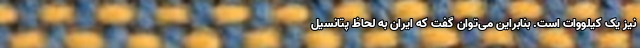
نیز یک کیلووات است. بنابراین می‌توان گفت که ایران به لحاظ پتانسیل